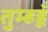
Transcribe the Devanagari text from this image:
तुम्हहूँ